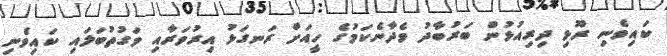
ކައިވެނި ރޫޅި ދިރިއުޅުން ބަރުބާދު ވެދާނެކަމުގެ ހީއަށް ރަނގަޅު އިރުވަރާއި ވަގުތުބަލައި ކައިވެނި